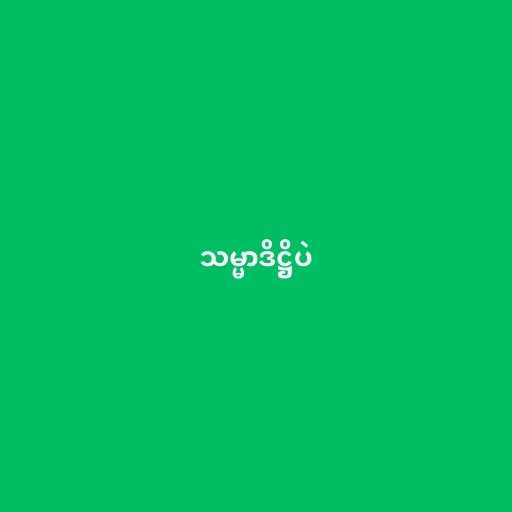
သမ္မာဒိဋ္ဌိပဲ